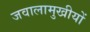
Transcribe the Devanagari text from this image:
जवालामुखीयों